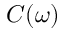
C ( \omega )